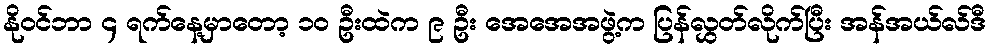
နိုဝင်ဘာ ၄ ရက်နေ့မှာတော့ ၁၀ ဦးထဲက ၉ ဦး အေအေအဖွဲ့က ပြန်လွှတ်လိုက်ပြီး အန်အယ်လ်ဒီ